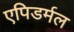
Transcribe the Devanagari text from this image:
एपिडर्मल